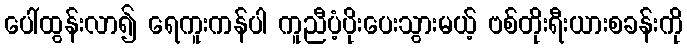
ပေါ်ထွန်းလာ၍ ရေကူးကန်ပါ ကူညီပံ့ပိုးပေးသွားမယ့် ဗစ်တိုးရီးယားစခန်းကို